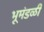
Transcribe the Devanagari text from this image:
भूमंडळीं